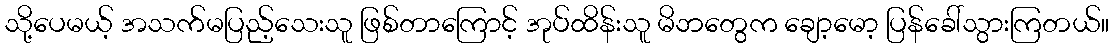
သို့ပေမယ့် အသက်မပြည့်သေးသူ ဖြစ်တာကြောင့် အုပ်ထိန်းသူ မိဘတွေက ချော့မော့ ပြန်ခေါ်သွားကြတယ်။